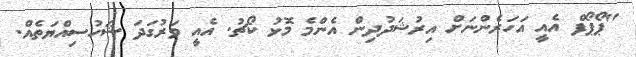
"ޕޯޕޯފް އެއީ އަހަރެންނަށް އިރުޝަދުދިން އެންމެ މޮޅު ކޯޗު. އެއީ ވަރުގަދަ ޝަހުސިއްޔަތެއް.